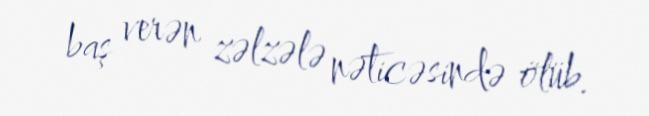
baş verən zəlzələ nəticəsində ölüb.